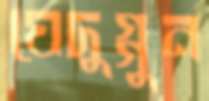
যেদুগ্গুন